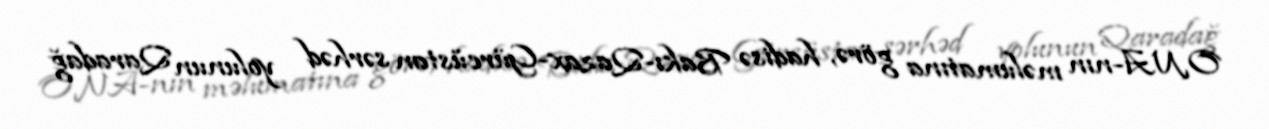
ONA-nın məlumatına görə, hadisə Bakı-Qazax-Gürcüstan sərhəd yolunun Qaradağ